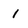
Character: I